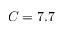
C = 7 . 7